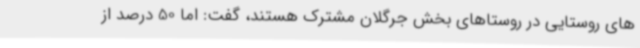
های روستایی در روستاهای بخش جرگلان مشترک هستند، گفت: اما 50 درصد از